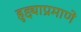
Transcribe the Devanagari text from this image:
हुद्द्याप्रमाणे